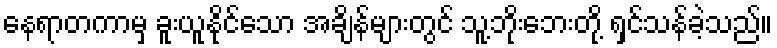
နေရာတကာမှ ခူးယူနိုင်သော အချိန်များတွင် သူ့ဘိုးဘေးတို့ ရှင်သန်ခဲ့သည်။